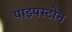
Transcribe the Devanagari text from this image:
पाइपस्टोन